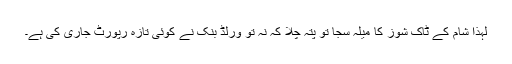
لہذا شام کے ٹاک شوز کا میلہ سجا تو پتہ چلا کہ نہ تو ورلڈ بنک نے کوئی تازہ رپورٹ جاری کی ہے۔